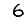
Digit: 6